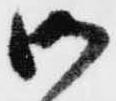
御